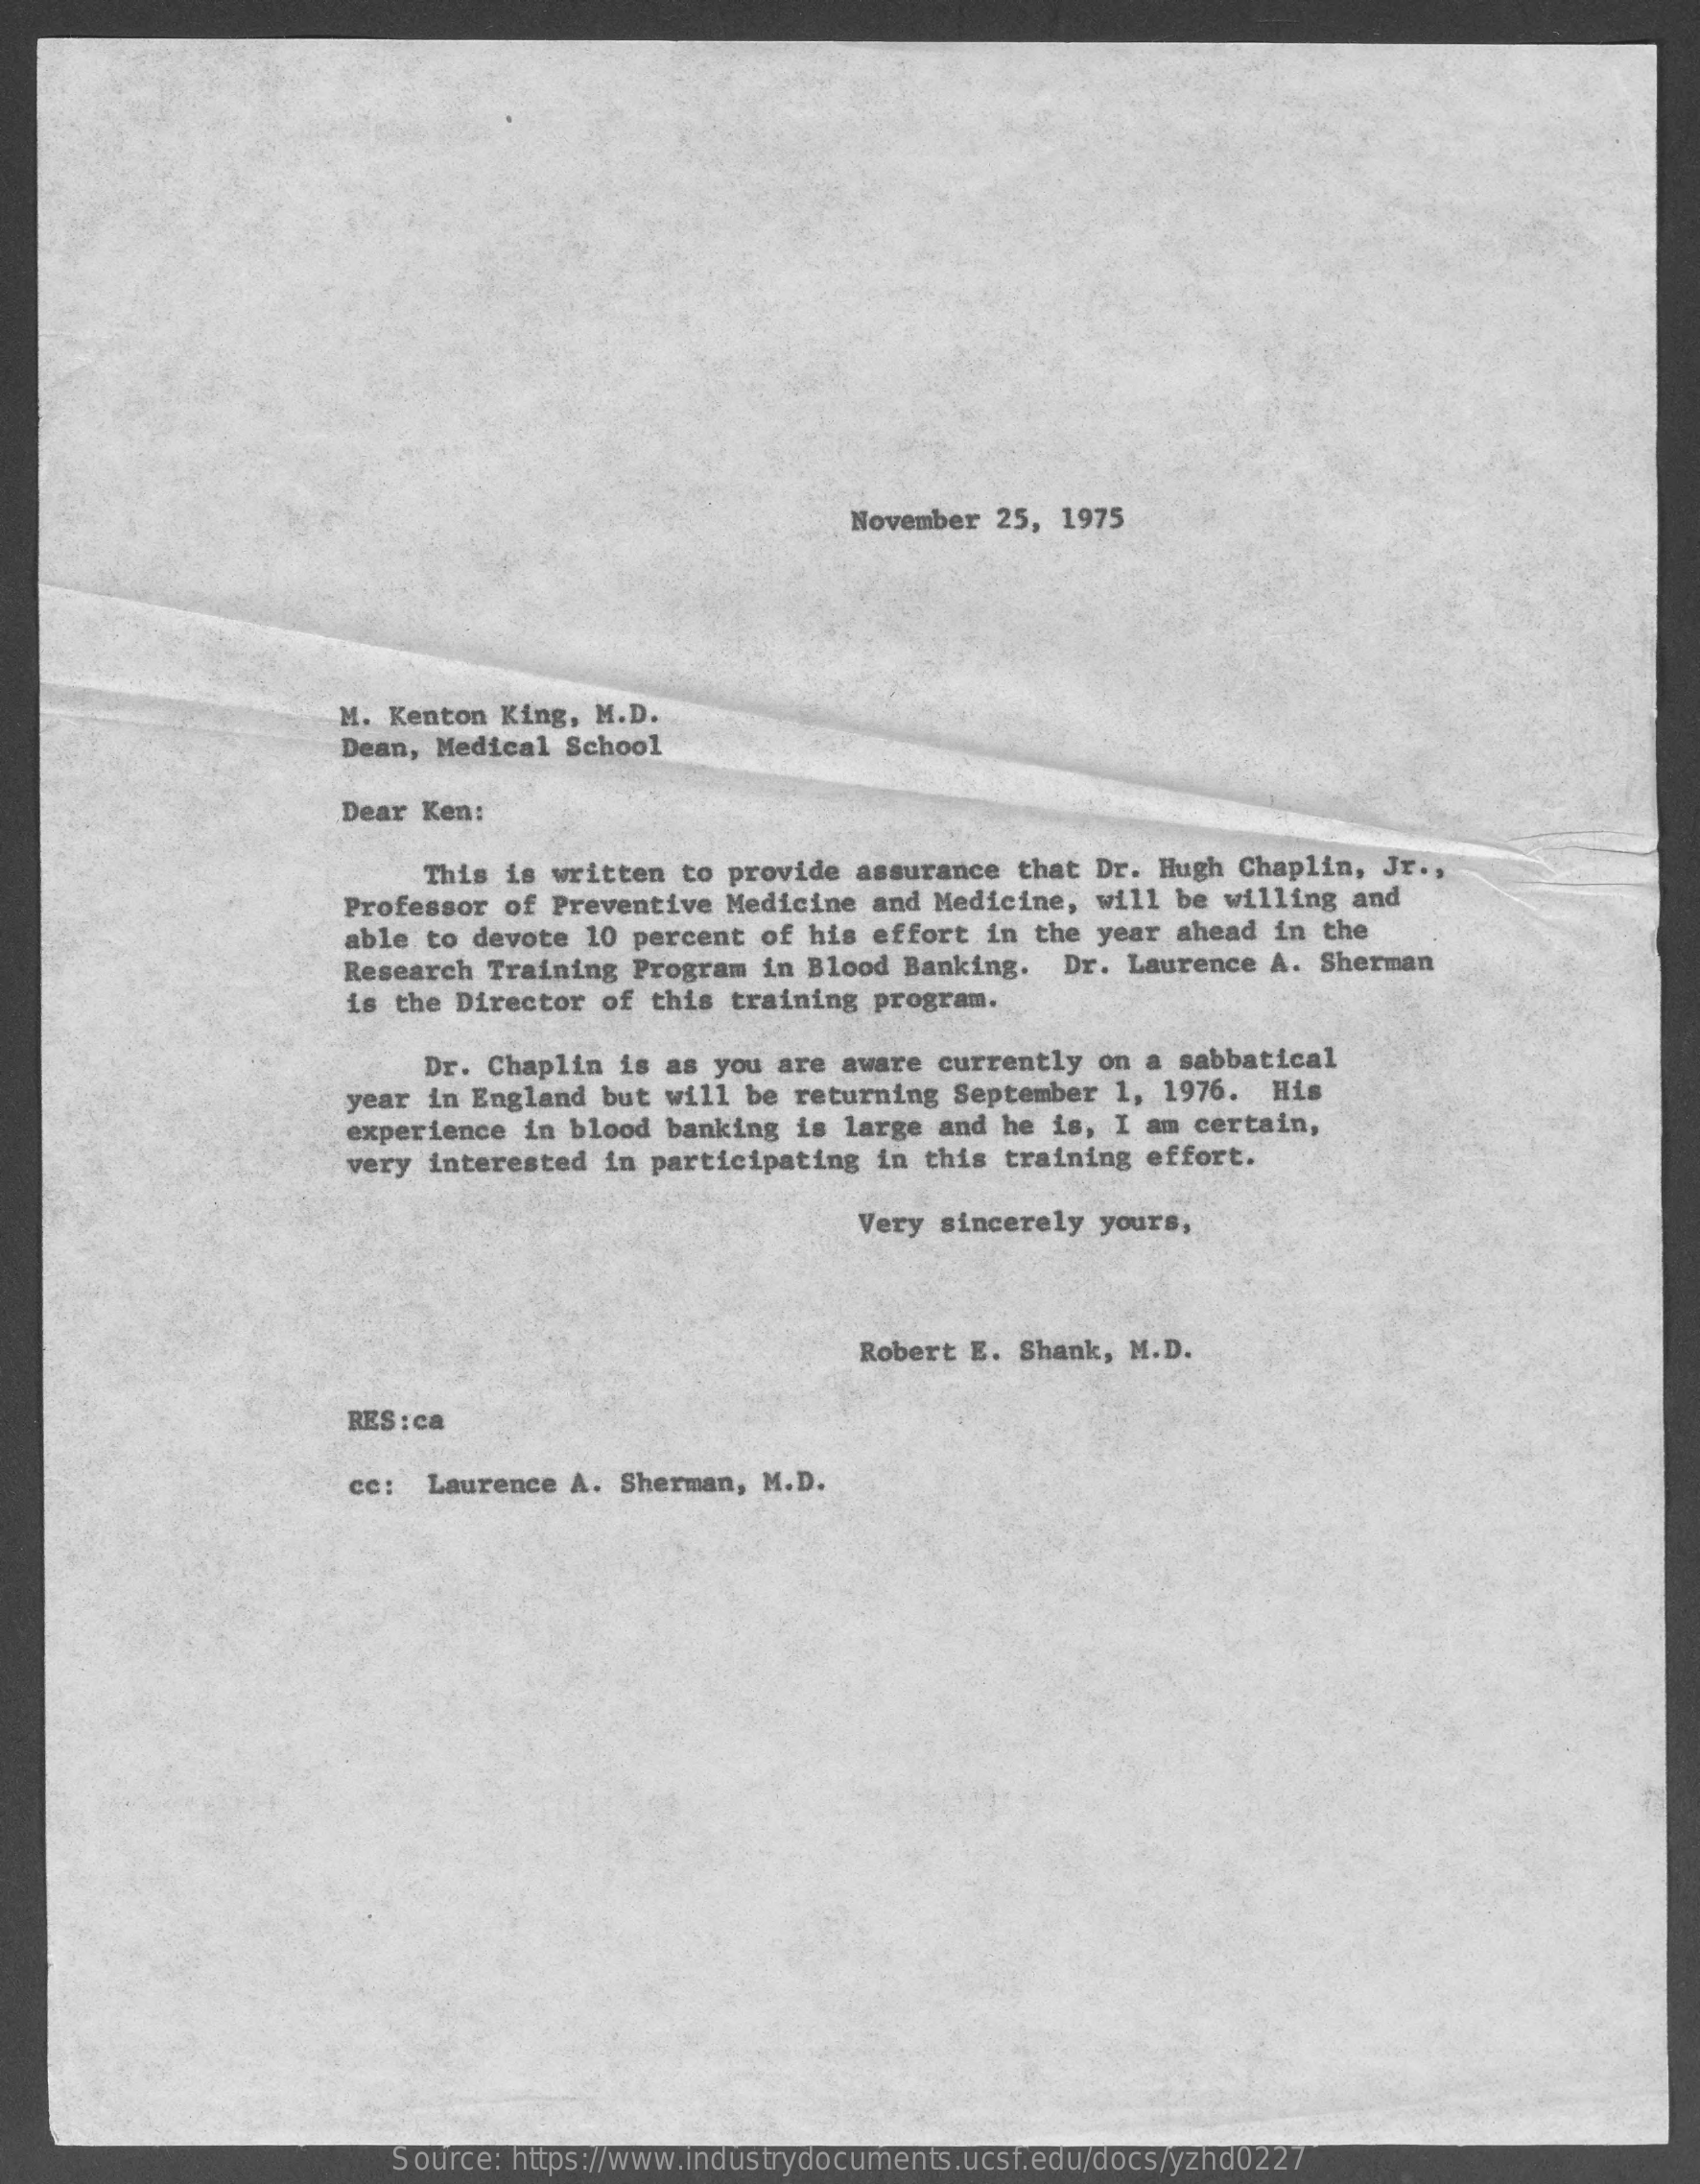
November 25,  1975
     M. Kenton King, M.D.
     Dean, Medical  School
     Dear Ken:
     This is written to provide assurance  that Dr. Hugh Chaplin, Jr .,
     Professor  of Preventive Medicine and Medicine,  will be willing  and
     able to devote 10 percent of his effort  in the year ahead in  the
     Research  Training Program in Blood Banking.   Dr. Laurence A. Sherman
     is  the Director of this training  program.
     Dr. Chaplin  is as you are aware currently  on a sabbatical
     year  in England but will be returning  September 1, 1976.  His
     experience  in blood banking  is large and he is, I am certain,
     very interested in participating  in this training effort.
     Very sincerely yours,
     Robert E. Shank, M.D.
     RES :ca
     cc: Laurence  A. Sherman, M.D.
     Source: https://www.industrydocuments.ucsf.edu/docs/yzhd0227